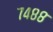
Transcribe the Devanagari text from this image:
७४८८